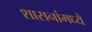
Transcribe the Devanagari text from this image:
शासनांमध्ये